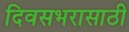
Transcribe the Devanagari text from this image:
दिवसभरासाठी